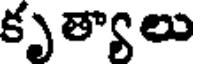
కృత్యాలు